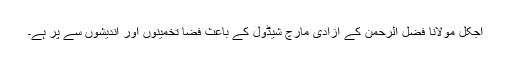
آجکل مولانا فضل الرحمٰن کے آزادی مارچ شیڈول کے باعث فضا تخمینوں اور اندیشوں سے پُر ہے۔